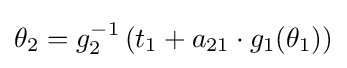
\theta _{2}=g_{2}^{-1}\left(t_{1}+a_{21}\cdot g_{1}(\theta _{1})\right)